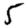
Digit: 5